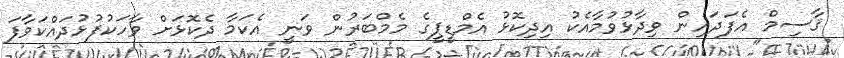
ޤާސިމް އެފަދައިން ވިދާޅުވުމާއެކު އިދިކޮޅު އެމްޑީޕީގެ މެމްބަރުން ވަނީ އެކަމާ ދެކޮޅަށް ވާހަކުފުޅުދައްކަވާފަ